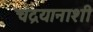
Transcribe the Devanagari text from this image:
चंद्रयानाशी